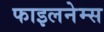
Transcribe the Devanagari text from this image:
फाइलनेम्स